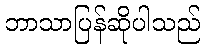
ဘာသာပြန်ဆိုပါသည်